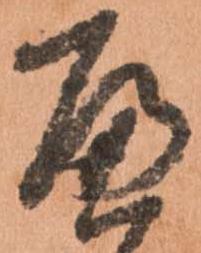
へ